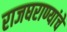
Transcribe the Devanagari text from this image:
राजघराण्यांचे